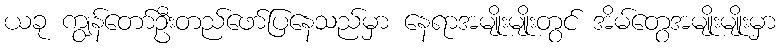
ယခု ကျွန်တော်ဦးတည်ဖော်ပြနေသည်မှာ နေရာအမျိုးမျိုးတွင် အိမ်တွေအမျိုးမျိုးမှာ